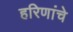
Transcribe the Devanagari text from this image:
हरिणांचे